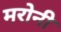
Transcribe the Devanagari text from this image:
मरोनी